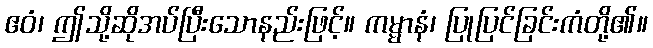
ဧဝံ၊ ဤသို့ဆိုအပ်ပြီးသောနည်းဖြင့်။ ကမ္မာနံ၊ ပြုပြင်ခြင်းကံတို့၏။